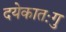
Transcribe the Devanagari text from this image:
दयेकातःगु